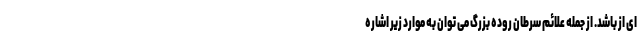
ای از باشد. از جمله علائم سرطان روده بزرگ می توان به موارد زیر اشاره